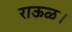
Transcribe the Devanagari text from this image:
राऊळ।